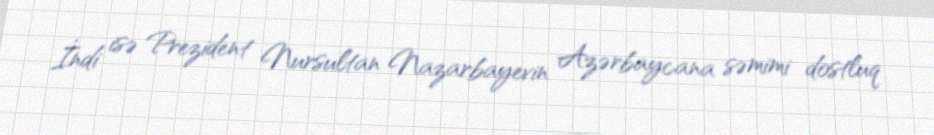
İndi isə Prezident Nursultan Nazarbayevin Azərbaycana səmimi dostluq